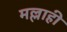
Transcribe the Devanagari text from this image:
मल्लाही